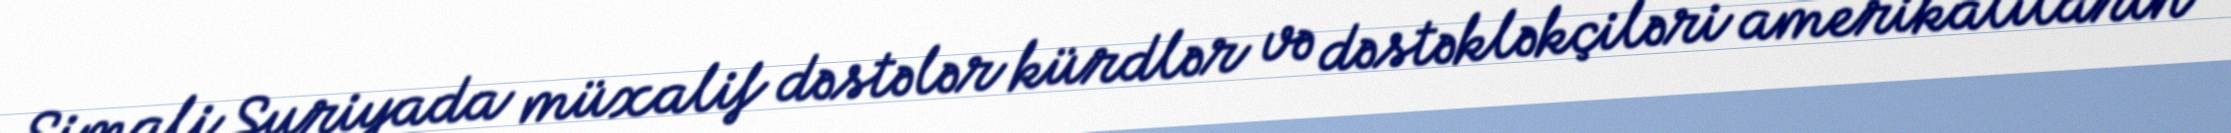
Şimali Suriyada müxalif dəstələr kürdlər və dəstəkləkçiləri amerikalıların